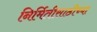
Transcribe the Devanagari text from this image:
निर्मितीसाठीच्या